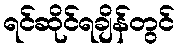
ရင်ဆိုင်ရချိန်တွင်